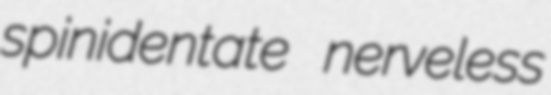
spinidentate nerveless